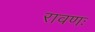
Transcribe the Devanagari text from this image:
रावणः